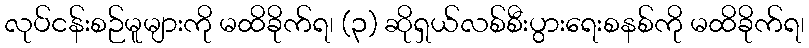
လုပ်ငန်းစဉ်မူများကို မထိခိုက်ရ၊ (၃) ဆိုရှယ်လစ်စီးပွားရေးစနစ်ကို မထိခိုက်ရ၊